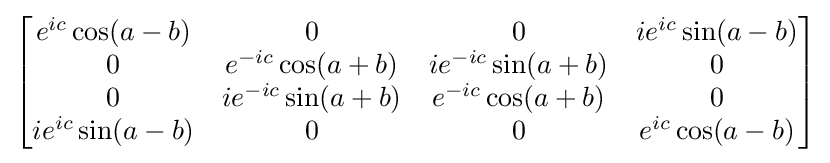
{\begin{bmatrix}e^{ic}\cos(a-b)&0&0&ie^{ic}\sin(a-b)\\0&e^{-ic}\cos(a+b)&ie^{-ic}\sin(a+b)&0\\0&ie^{-ic}\sin(a+b)&e^{-ic}\cos(a+b)&0\\ie^{ic}\sin(a-b)&0&0&e^{ic}\cos(a-b)\\\end{bmatrix}}